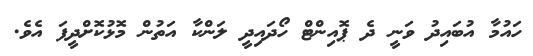
ހައުމާ އުބައިދު ވަނީ ދެ ޕޮއިންޓް ހޯދައިދީ ލަންކާ އަތުން މޮޅުކޮށްދީފަ އެވެ.